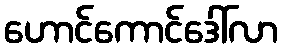
ဟောင်ကောင်ဒေါ်လာ